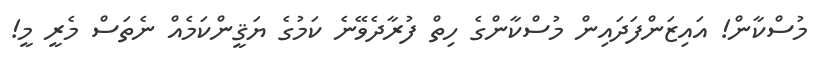
މުސްކާން! އައިޒަންފަދައިން މުސްކާންގެ ހިތް ފުރާދެވޭނެ ކަމުގެ ޔަޤީންކަމެއް ނެތަސް މެރީ މީ!